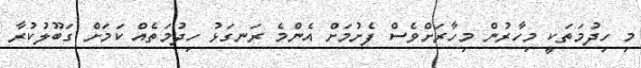
މި ހިދުމަތަކީ މިހާރުން މިހާރަށްވެސް ފެށުމަށް އެންމެ ރަނގަޅު ހިދުމަތެއް ކަމަށް ގަބޫލުކުރާ